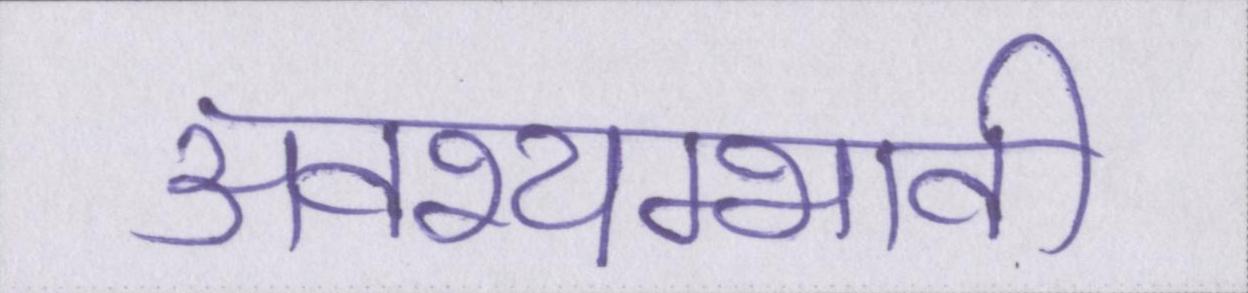
अवश्यम्भावी